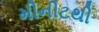
મીનીટથી